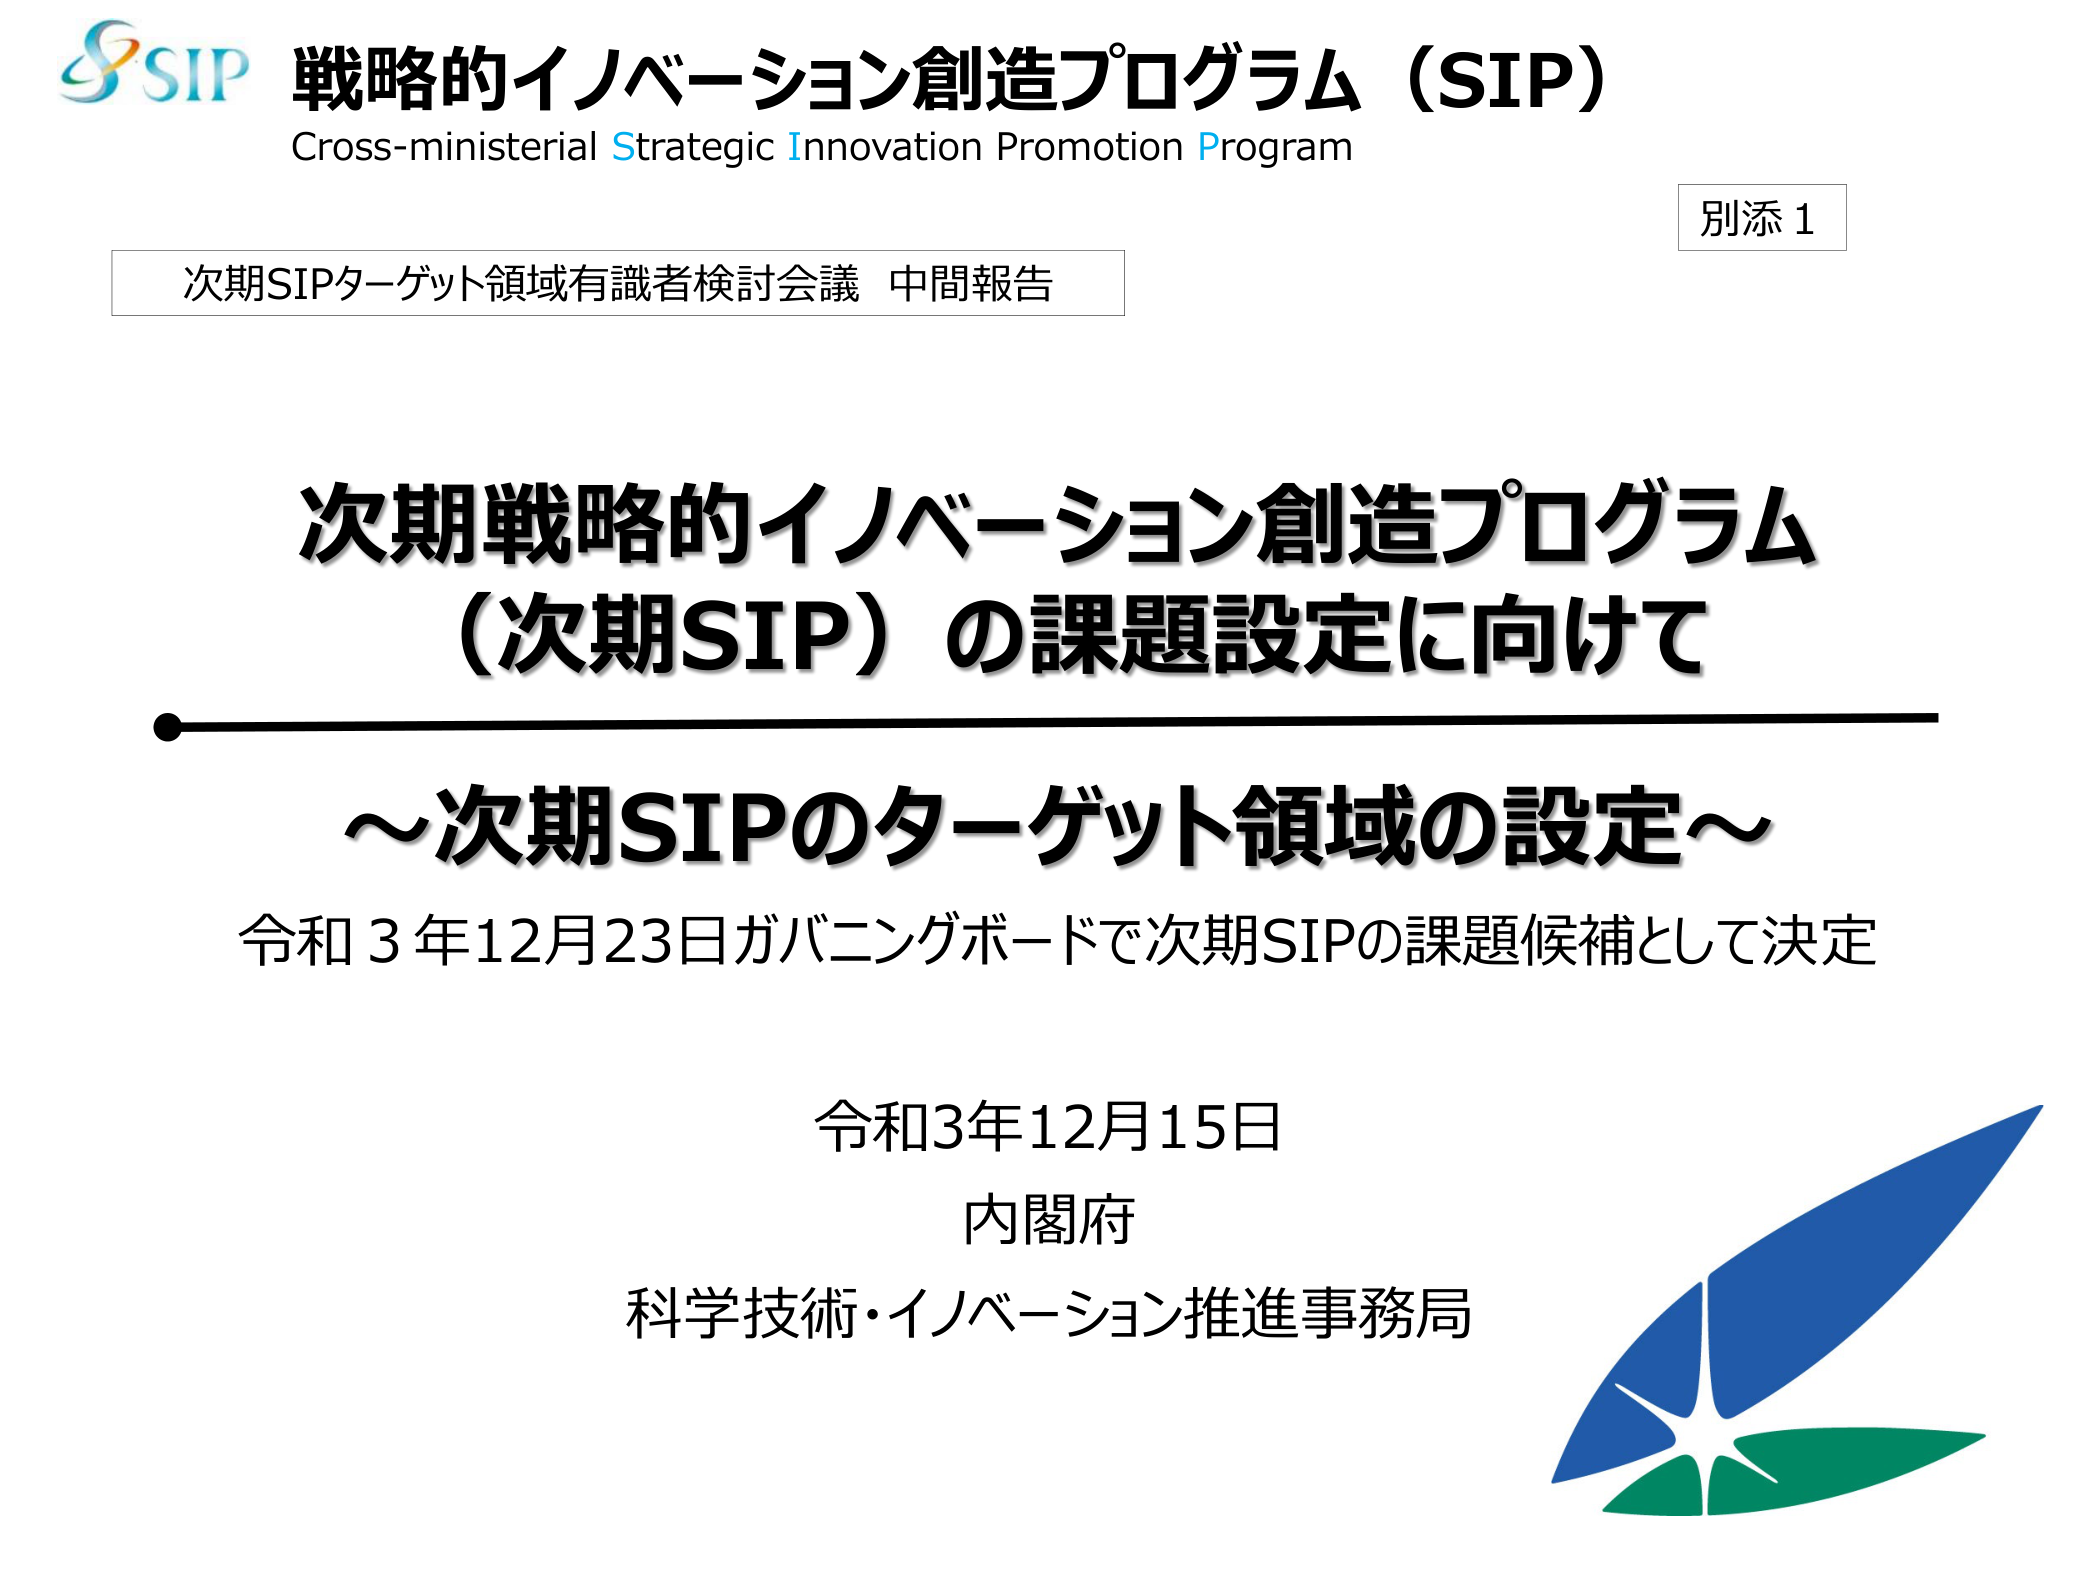
SIP 戦略的イノベーション創造プログラム（SIP）
Cross-ministerial Strategic Innovation Promotion Program

別添1

次期SIPターゲット領域有識者検討会議 中間報告

次期戦略的イノベーション創造プログラム
（次期SIP）の課題設定に向けて

～次期SIPのターゲット領域の設定～
令和3年12月23日ガバニングボードで次期SIPの課題候補として決定

令和3年12月15日
内閣府
科学技術・イノベーション推進事務局